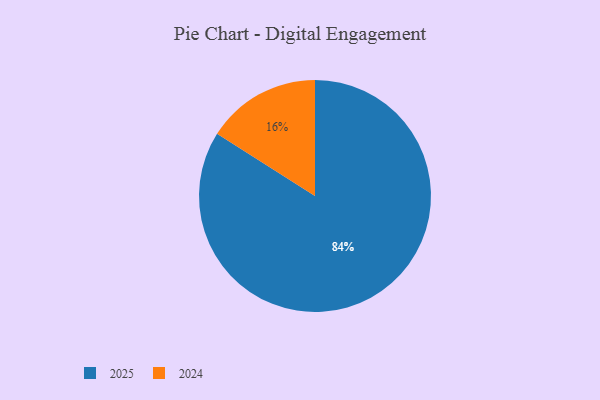
{"axis": {"x": "Category", "y": "Percentage"}, "legend": ["2024", "2025"], "data": [{"x": "2024", "y": 16, "type": "2024"}, {"x": "2025", "y": 84, "type": "2025"}]}